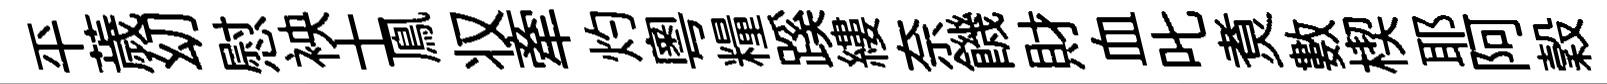
平薉㓜慰䘧士鳯𠬧牽灼粤糧蹊縷奈饑財血叱煑數楔耶阿穀